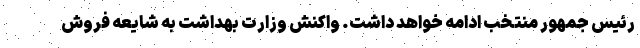
رئیس جمهور منتخب ادامه خواهد داشت. واکنش وزارت بهداشت به شایعه فروش